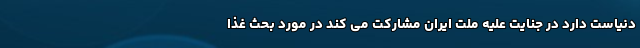
دنیاست دارد در جنایت علیه ملت ایران مشارکت می کند در مورد بحث غذا